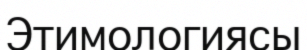
Этимологиясы